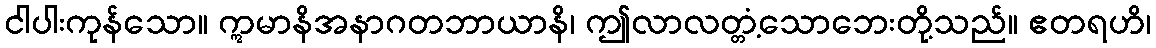
ငါပါးကုန်သော။ ဣမာနိအနာဂတဘာယာနိ၊ ဤလာလတ္တံ့သောဘေးတို့သည်။ ဧတရဟိ၊